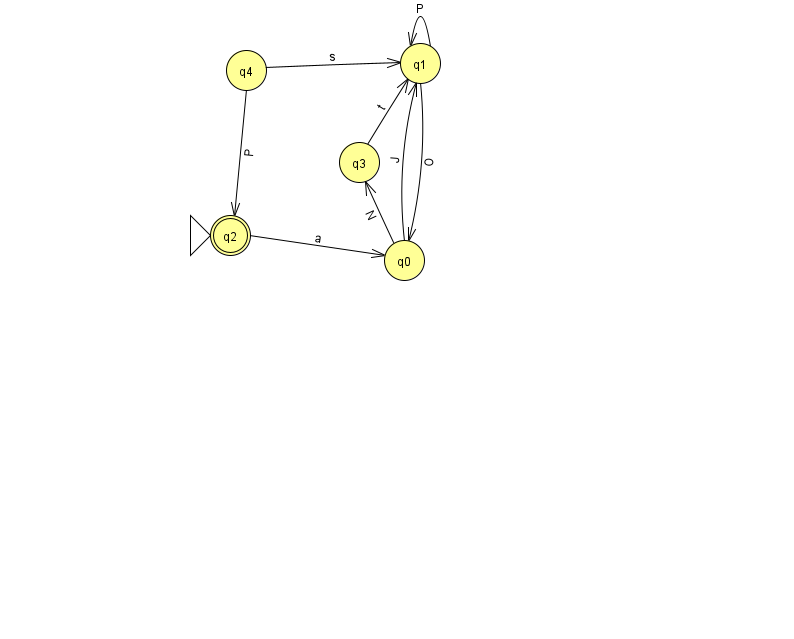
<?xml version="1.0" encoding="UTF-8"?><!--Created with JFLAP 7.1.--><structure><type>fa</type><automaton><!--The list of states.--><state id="0" name="q0"><x>404.0</x><y>247.0</y></state><state id="1" name="q1"><x>420.0</x><y>50.0</y></state><state id="2" name="q2"><x>230.0</x><y>222.0</y><initial/><final/></state><state id="3" name="q3"><x>359.0</x><y>149.0</y></state><state id="4" name="q4"><x>246.0</x><y>57.0</y></state><!--The list of transitions.--><transition><from>1</from><to>1</to><read>P</read></transition><transition><from>3</from><to>1</to><read>t</read></transition><transition><from>4</from><to>1</to><read>s</read></transition><transition><from>1</from><to>0</to><read>O</read></transition><transition><from>4</from><to>2</to><read>P</read></transition><transition><from>0</from><to>1</to><read>J</read></transition><transition><from>0</from><to>3</to><read>N</read></transition><transition><from>2</from><to>0</to><read>a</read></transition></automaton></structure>